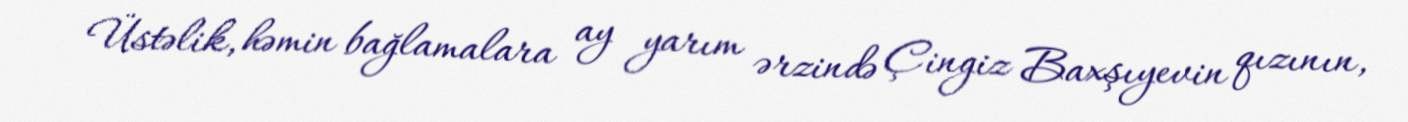
Üstəlik, həmin bağlamalara ay yarım ərzində Çingiz Baxşıyevin qızının,